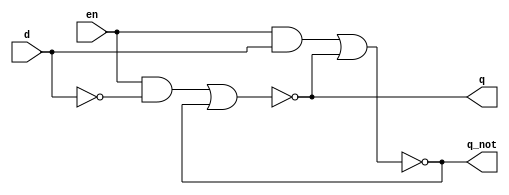
module prob_5_1a(q, q_not, en, d);
    output q, q_not;
    input en, d;

    wire w1, w2, w3;

    not (w1, d);
    and(w2, en, w1);
    and(w3, en, d);
    nor(q, w2, q_not);
    nor(q_not, w3, q);
endmodule

module prob_5_1a_tb;
    reg en, d;
    wire q, q_not;
    
    //Instantiate UUT
    prob_5_1a UUT(q, q_not, en, d);

    //stimulus block
    initial
        begin
            //set initial state of d latch
            en = 1'b1;
            d = 1'b1;
            #10 en = 1'b0;
            d = 1'b0;
            #10 d = d + 1'b1;
            #10 en = 1'b1;
            d = 1'b0;
            #10 d = d + 1'b1;          
        end
    initial $monitor("en = %b, d = %b, q = %b, q_not = %b", en, d, q, q_not);
endmodule